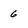
Character: 6